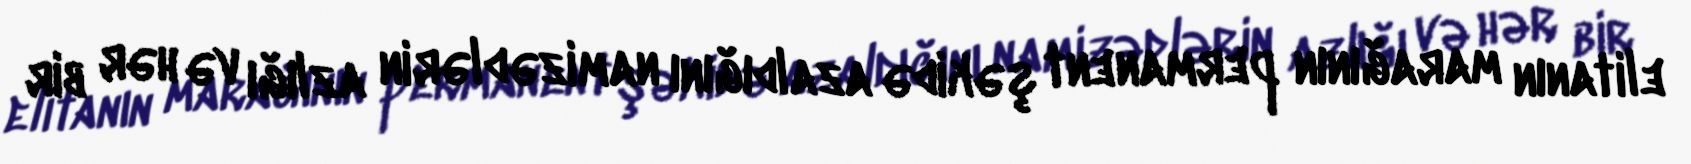
elitanın marağının permanent şəkidə azaldığını namizədlərin azlığı və hər bir